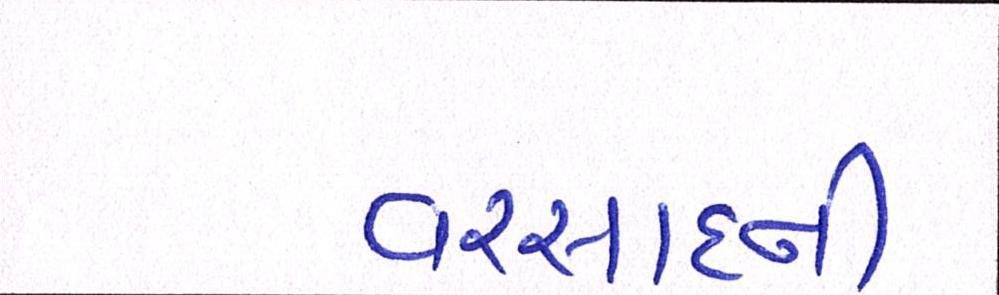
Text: વરસાદની